Scottish Leaving Certificate Examination, 1956
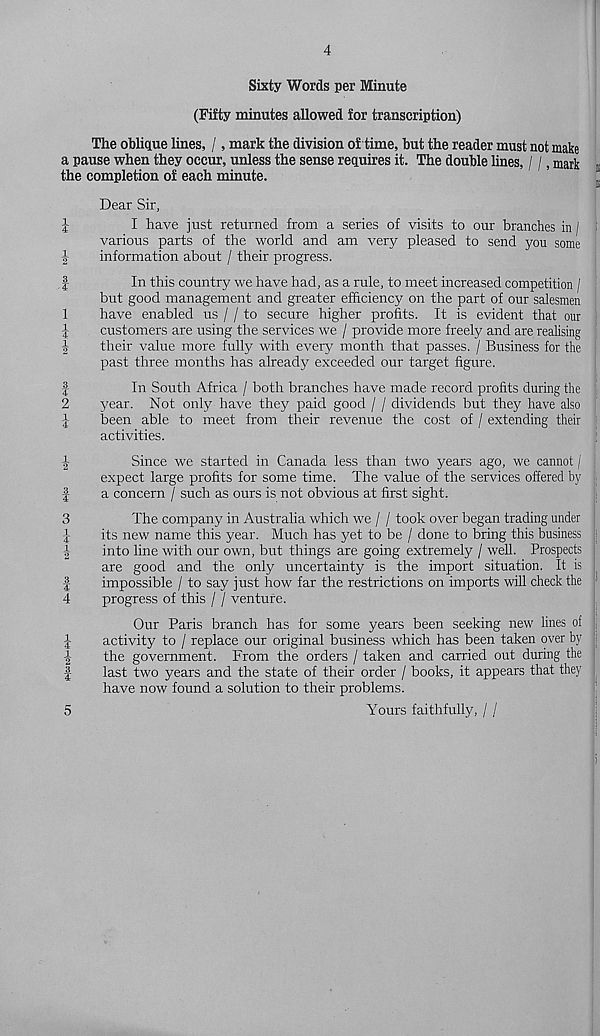
iHcotolM)H>-‘
4^iHw
CO iHw m|m
tO-Mco
hhw to|M
4
Sixty Words per Minute
(Fifty minutes allowed for transcription)
The oblique lines, /, mark the division of time, but the reader must not Tn^Ve
a pause when they occur, unless the sense requires it. The double lines, / /, mark j
the completion of each minute.
Dear Sir,
I have just returned from a series of visits to our branches in /
various parts of the world and am very pleased to send you some
information about / their progress.
In this country we have had, as a rule, to meet increased competition /
but good management and greater efficiency on the part of our salesmen
have enabled us / / to secure higher profits. It is evident that our
customers are using the services we / provide more freely and are realising
their value more fully with every month that passes. / Business for the j
past three months has already exceeded our target figure.
In South Africa / both branches have made record profits during the
year. Not only have they paid good / / dividends but they have also j
been able to meet from their revenue the cost of / extending their
activities.
Since we started in Canada less than two years ago, we cannot / I
expect large profits for some time. The value of the services offered by
a concern / such as ours is not obvious at first sight.
The company in Australia which we / / took over began trading under j
its new name this year. Much has yet to be / done to bring this business j -
into line with our own, but things are going extremely / well. Prospects
are good and the only uncertainty is the import situation. It is
impossible / to say just how far the restrictions on imports will check the
progress of this / / venture.
Our Paris branch has for some years been seeking new lines of j
activity to / replace our original business which has been taken over by i
the government. From the orders / taken and carried out during the
last two years and the state of their order / books, it appears that they
have now found a solution to their problems.
Yours faithfully, / /
5